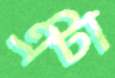
এটা